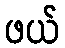
ဖယ်